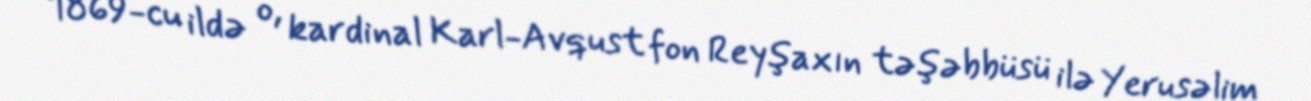
1869-cu ildə o, kardinal Karl-Avqust fon Reyşaxın təşəbbüsü ilə Yerusəlim